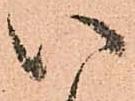
い